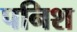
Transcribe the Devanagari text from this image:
पनिश